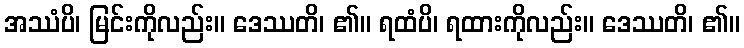
အဿံပိ၊ မြင်းကိုလည်း။ ဒေဿတိ၊ ၏။ ရထံပိ၊ ရထားကိုလည်း။ ဒေဿတိ၊ ၏။